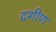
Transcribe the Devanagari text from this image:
दशीण